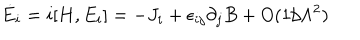
\dot { E } _ { i } = i [ H , E _ { i } ] = - J _ { i } + \epsilon _ { i j } \partial _ { j } B + O ( 1 / \Lambda ^ { 2 } )